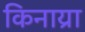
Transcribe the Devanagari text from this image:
किनाय्रा